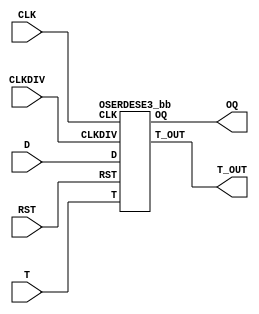
///////////////////////////////////////////////////////////////////////////////
//  Copyright (c) 1995/2015 Xilinx, Inc.
//  All Right Reserved.
///////////////////////////////////////////////////////////////////////////////
//
//   ____   ___
//  /   /\/   / 
// /___/  \  /     Vendor      : Xilinx 
// \   \   \/      Version     : 2015.4
//  \   \          Description : Xilinx Formal Library Component
//  /   /                        
// /___/   /\      Filename    : OSERDESE3.v
// \   \  /  \ 
//  \___\/\___\                    
//                                 
///////////////////////////////////////////////////////////////////////////////
//  Revision:
//    10/31/14 - Added inverter functionality for IS_*_INVERTED parameter (CR 828995).
//  End Revision:
///////////////////////////////////////////////////////////////////////////////

`timescale 1 ps / 1 ps 

`celldefine
module OSERDESE3 #(
  `ifdef XIL_TIMING //Simprim 
  parameter LOC = "UNPLACED",  
  `endif
  parameter integer DATA_WIDTH = 8,
  parameter [0:0] INIT = 1'b0,
  parameter [0:0] IS_CLKDIV_INVERTED = 1'b0,
  parameter [0:0] IS_CLK_INVERTED = 1'b0,
  parameter [0:0] IS_RST_INVERTED = 1'b0,
  parameter ODDR_MODE = "FALSE",
  parameter OSERDES_D_BYPASS = "FALSE",
  parameter OSERDES_T_BYPASS = "FALSE",
  parameter SIM_DEVICE = "ULTRASCALE",  
  parameter real SIM_VERSION = 2.0
)(
  output OQ,
  output T_OUT,

  input CLK,
  input CLKDIV,
  input [7:0] D,
  input RST,
  input T
);

  wire CLKDIV_in;
  wire CLK_in;
  wire RST_in;

  assign CLKDIV_in = CLKDIV ^ IS_CLKDIV_INVERTED;
  assign CLK_in = CLK ^ IS_CLK_INVERTED;
  assign RST_in = RST ^ IS_RST_INVERTED;

   OSERDESE3_bb inst_bb (
             .OQ(OQ),
             .T_OUT(T_OUT),
             .CLK(CLK_in),
             .CLKDIV(CLKDIV_in),
             .D(D),
             .RST(RST_in),
             .T(T)
             );

endmodule

module OSERDESE3_bb (
  output OQ,
  output T_OUT,

  input CLK,
  input CLKDIV,
  input [7:0] D,
  input RST,
  input T
);

endmodule

`endcelldefine